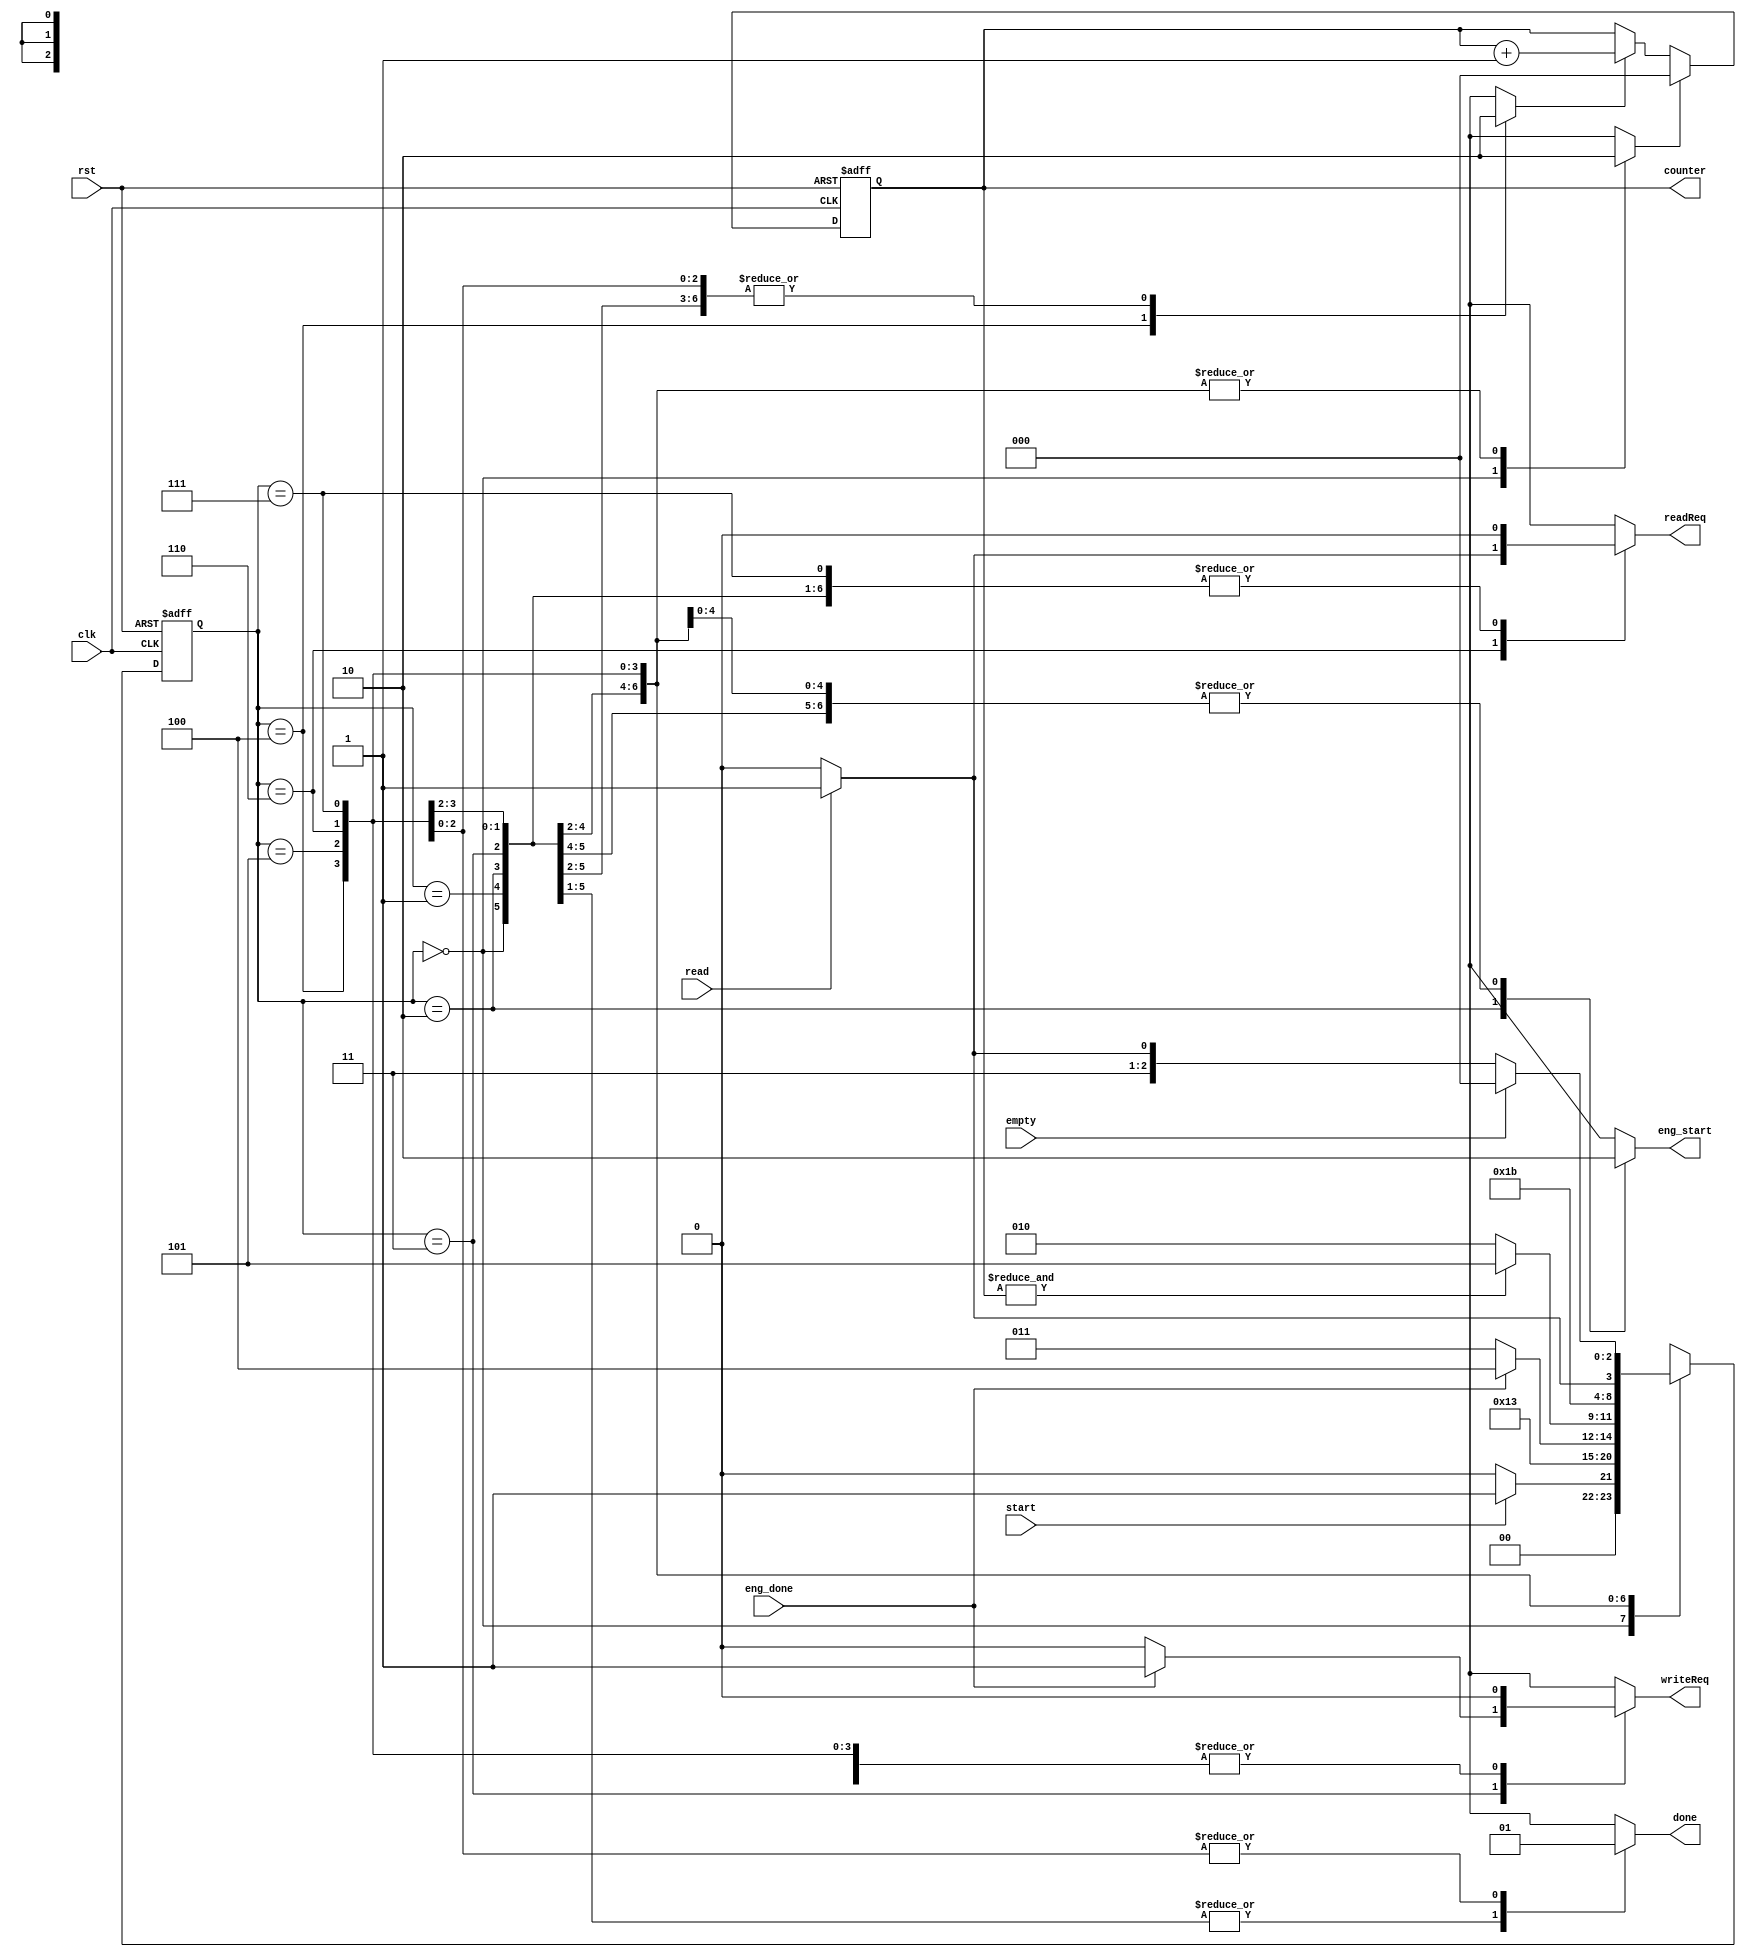
module ControllerAcc(input clk, rst, start, read, eng_done, empty, output reg eng_start, writeReq, done, readReq,
 output reg[2:0] counter);
    reg [2:0] ps, ns;
    reg cntEn, initCounter;
    wire co;
    parameter [2:0] Idle = 0, Wait = 1, EngStart = 2, EngDone = 3, CountRom = 4, WriteDone = 5, ReadFIFO = 6,
              Final = 7; 
    always @(ps, start, eng_done, co, read, empty)begin
        ns = Idle;
        {initCounter, cntEn, writeReq, eng_start, done, readReq} = 7'd0;
        case(ps)
            Idle: begin
                ns = start ? Wait : Idle;
                initCounter = 1'b1;
            end
            Wait: begin
                ns = EngStart;
            end
            EngStart: begin
                ns = EngDone;
                eng_start = 1'b1;
            end
            EngDone: begin
                ns = eng_done ? CountRom : EngDone;
                writeReq = eng_done ? 1'b1 : 1'b0;
            end
            CountRom: begin
                ns = co ? WriteDone : EngStart;
                cntEn = 1'b1;
            end
            WriteDone: begin
                ns = ReadFIFO;
                done = 1'b1;
            end
            ReadFIFO: begin
                ns = read ? Final : ReadFIFO;
                readReq = read ? 1'b1 : 1'b0;
		done = 1'b1;
            end
            Final: begin
                ns = empty ? Idle : ~read ? ReadFIFO : Final;
		done = 1'b1;
            end
        endcase
    end

    always @(posedge clk, posedge rst) begin
        if(rst)
            ps <= Idle;
        else
            ps <= ns;
    end



    always @(posedge clk , posedge rst) begin
        if(rst)
           counter <= 3'd0;
        else if(initCounter)
           counter <= 3'd0;
        else if(cntEn)
           counter <= counter + 1'b1;
    end
    assign co = &counter;
endmodule